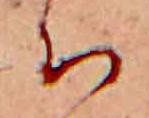
ち